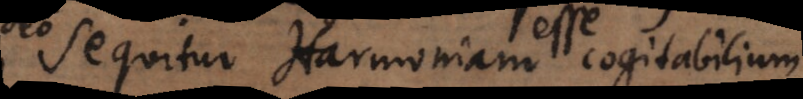
sequitur Harmoniam esse cogitabilium